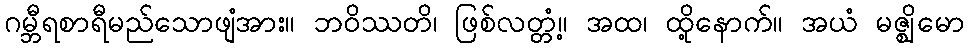
ဂမ္ဘီရစာရီမည်သောဖျံအား။ ဘဝိဿတိ၊ ဖြစ်လတ္တံ့။ အထ၊ ထို့နောက်။ အယံ မဇ္ဈိမော